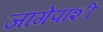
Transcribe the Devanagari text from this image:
जागेपाशी